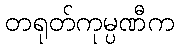
တရုတ်ကုမ္ပဏီက